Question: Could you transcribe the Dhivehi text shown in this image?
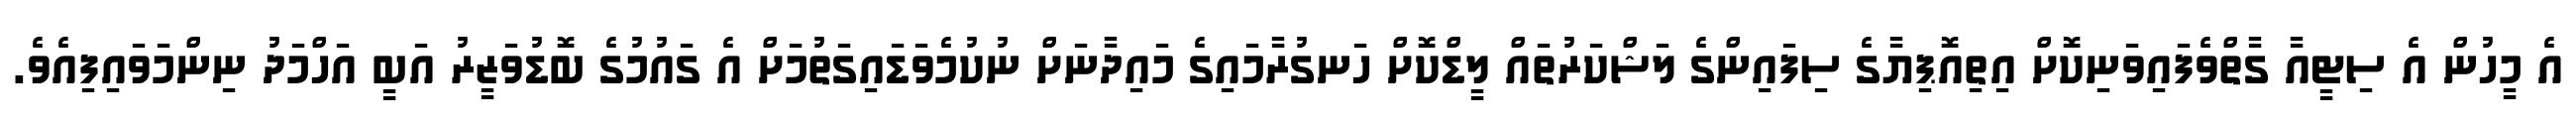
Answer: އެ މީހުން އެ ސިޓީއާ ގާތްވެފައިވަނިކޮށް އިތިއޮޕިޔާގެ ސިފައިންގެ ލަޝްކަރުތައް ލީޑްކޮށް ހަނގުރާމައިގެ މައިދާނަށް ނުކުމެވަޑައިގަތުމަށް އެ ގައުމުގެ ބޮޑުވަޒީރު އަބީ އަހްމަދު ނިންމަވައިފިއެވެ.